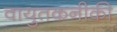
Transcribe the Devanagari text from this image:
वायुतकनीकी